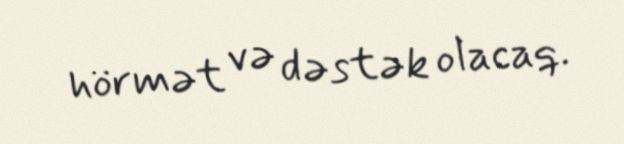
hörmət və dəstək olacaq.